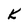
Character: K